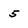
Character: 5